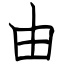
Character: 由